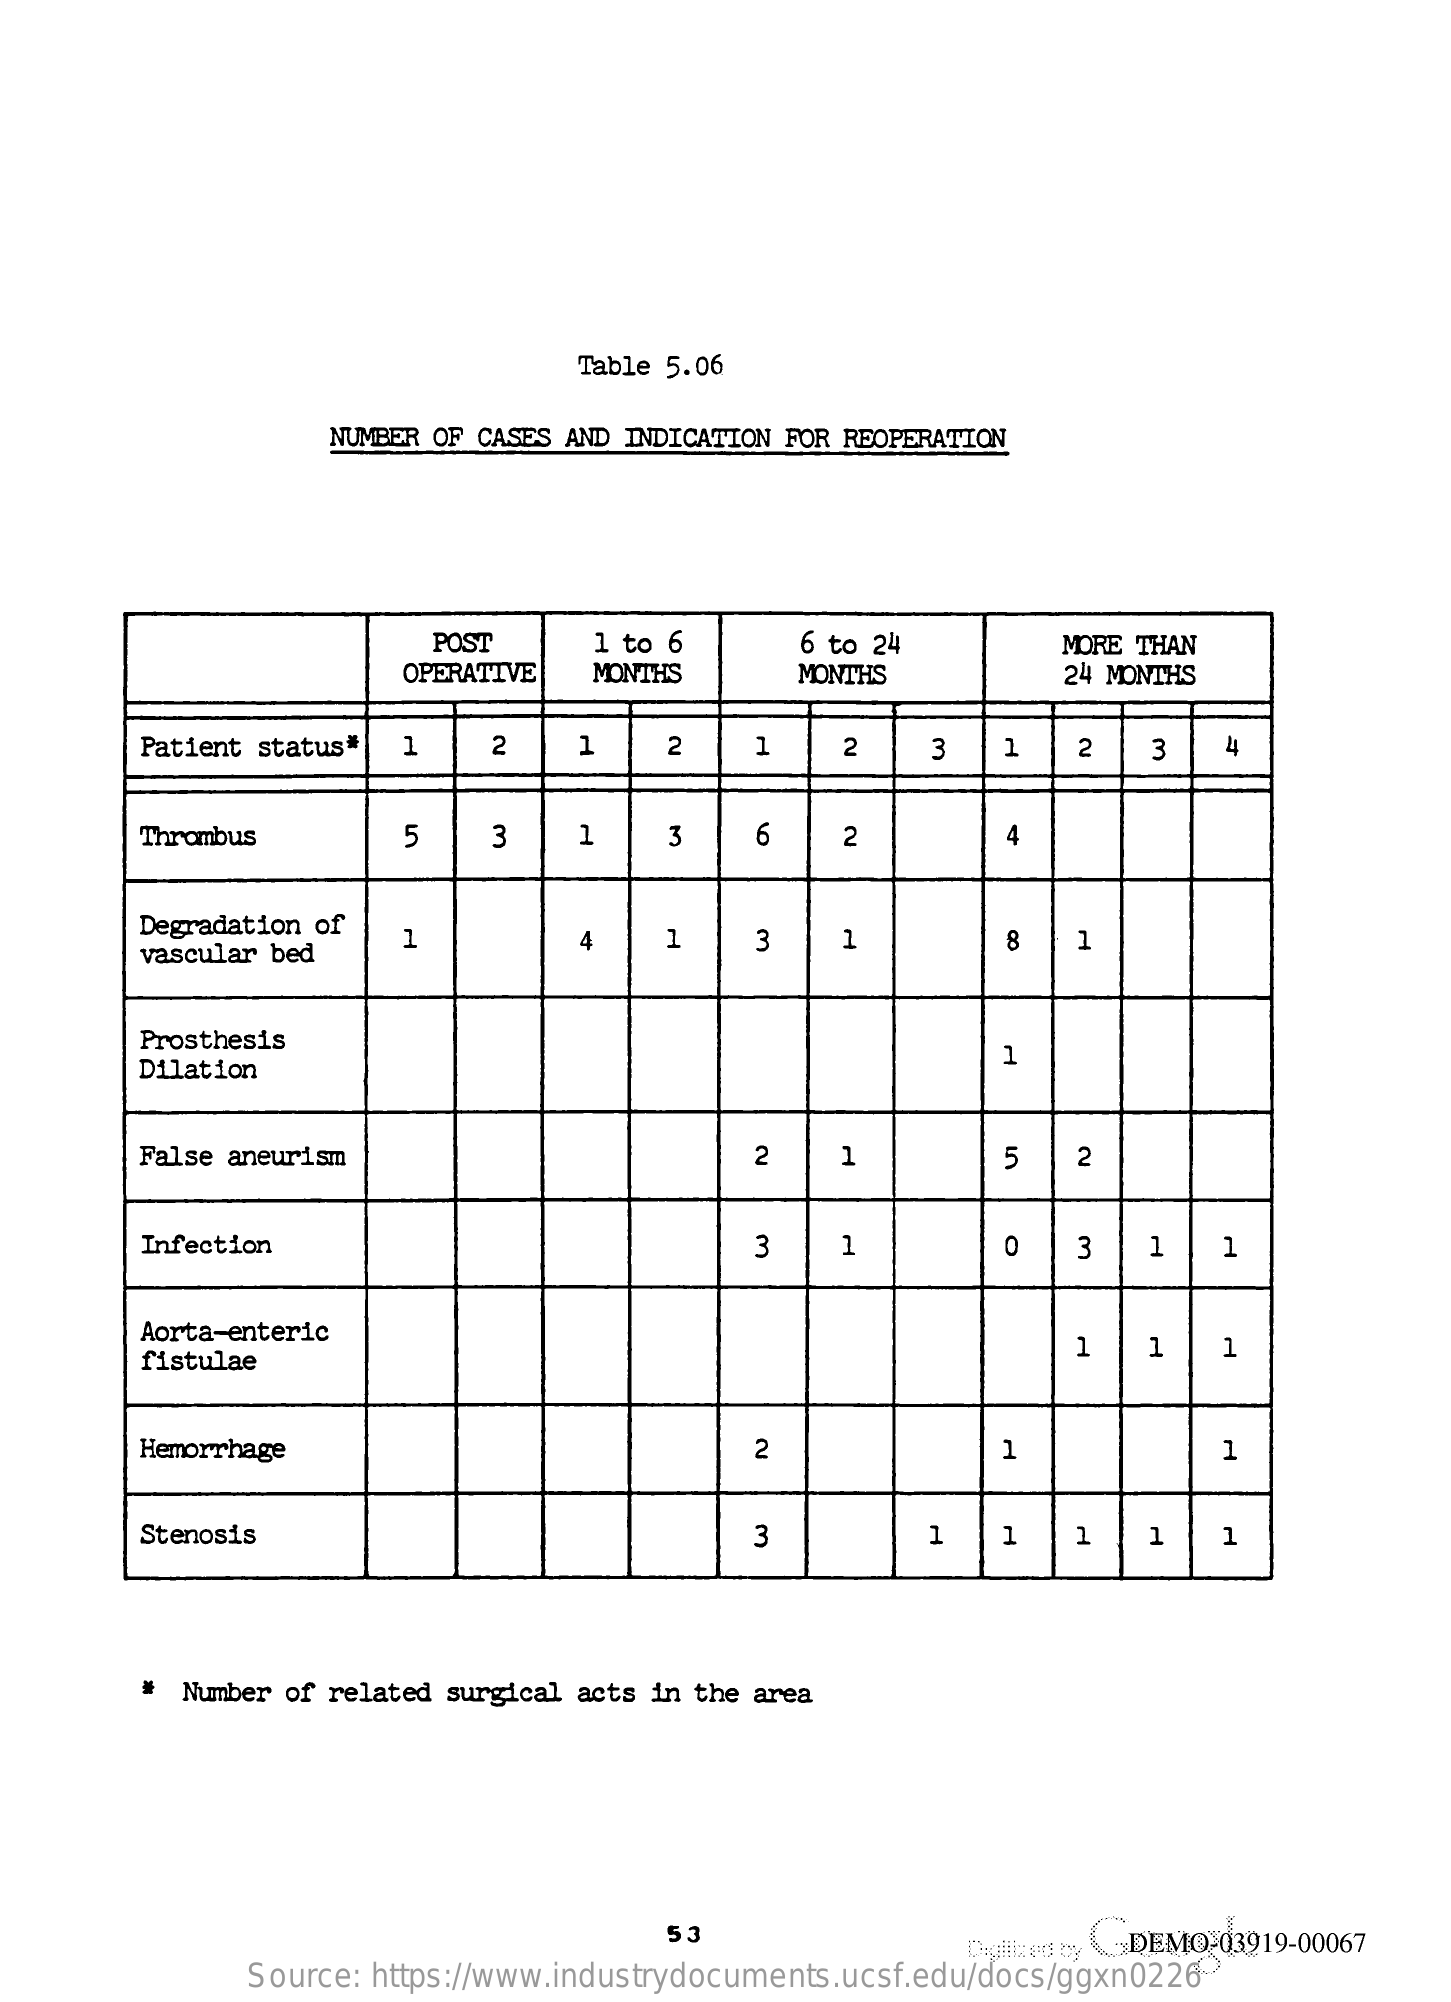
Table 5.06
     NUMBER OF CASES AND INDICATION FOR REOPERATION
     POST    1 to 6    6 to 24    MORE THAN
     OPERATIVE   MONTHS    MONTHS    24 MONTHS
     Patient status# 1    2    1    2    1    2    3   1    2    3   4
     Thrombus    5    3    1    3    6    2    4
     Degradation of
     vascular bed
     1    4    1    3    1    8    1
     Prosthesis
     Dilation
     1
     False aneurism    2    5    2
     Infection    3    0    3    1
     Aorta-enteric
     fistulae
     1   1    1
     Hemorrhage    2    1    7
     Stenosis    3    1    1   1    1
     Number of related surgical acts in the area
     53
     Dagliized by DEMO-03919-00067
     Source: https://www.industrydocuments.ucsf.edu/docs/ggxn0226
     O